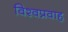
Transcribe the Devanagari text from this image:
विश्वप्रवाह